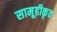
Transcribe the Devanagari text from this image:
सामूहीकृत